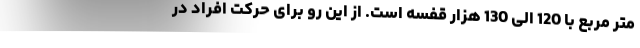
متر مربع با 120 الی 130 هزار قفسه است. از این رو برای حرکت افراد در